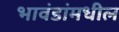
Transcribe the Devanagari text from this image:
भावंडांमधील